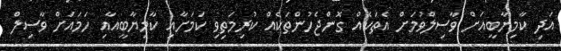
އަދި ކާމިޔާބީއަށް ވާސިލްވުމަށް އެތަކެއް ގޮންޖެހުންތަކެއް ކުރިމަތިވި ކަމަށާއި ކާމިޔާބީއާއި ހަމައަށް ވާސިލް